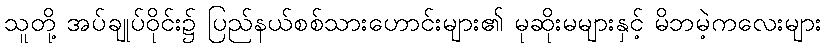
သူတို့ အပ်ချုပ်ဝိုင်း၌ ပြည်နယ်စစ်သားဟောင်းများ၏ မုဆိုးမများနှင့် မိဘမဲ့ကလေးများ